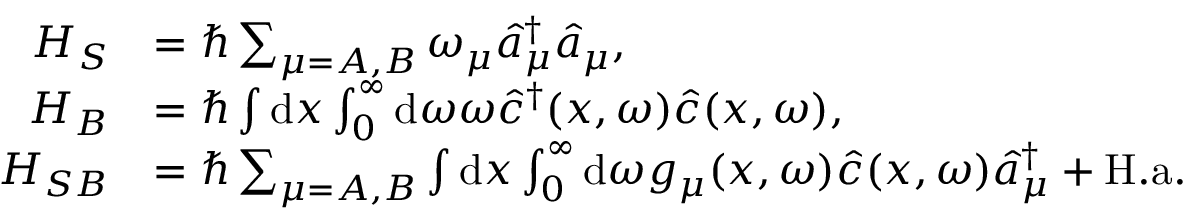
\begin{array} { r l } { H _ { S } } & { = \hbar \sum _ { \mu = A , B } \omega _ { \mu } \hat { a } _ { \mu } ^ { \dagger } \hat { a } _ { \mu } , } \\ { H _ { B } } & { = \hbar \int \mathrm { d } x \int _ { 0 } ^ { \infty } \mathrm { d } \omega \omega \hat { c } ^ { \dagger } ( x , \omega ) \hat { c } ( x , \omega ) , } \\ { H _ { S B } } & { = \hbar \sum _ { \mu = A , B } \int \mathrm { d } x \int _ { 0 } ^ { \infty } \mathrm { d } \omega g _ { \mu } ( x , \omega ) \hat { c } ( x , \omega ) \hat { a } _ { \mu } ^ { \dagger } + \mathrm { H . a . } } \end{array}